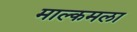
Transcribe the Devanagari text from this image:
माल्कमला